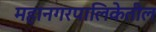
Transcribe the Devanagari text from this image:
महानगरपालिकेतील